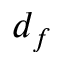
d _ { f }